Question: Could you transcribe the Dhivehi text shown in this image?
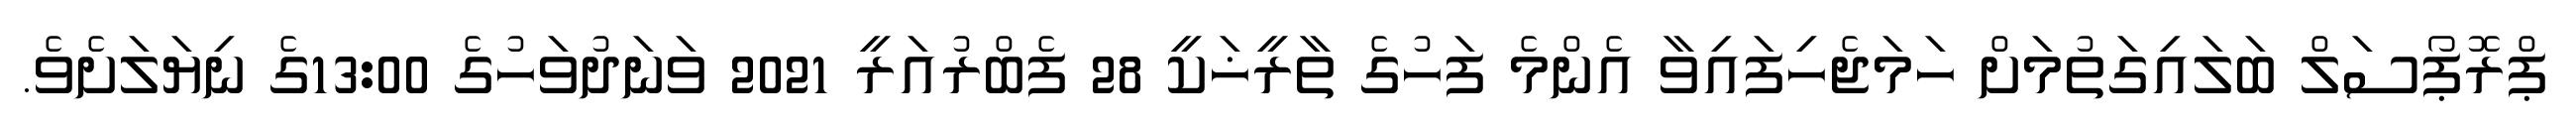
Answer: ޕްރޮޕޯސަލް ބަލައިގަތުމަށް ހަމަޖެހިފައިވާ އެންމެ ފަހުގެ ތާރީޚަކީ 28 ފެބްރުއަރީ 2021 ވަނަދުވަހުގެ 13:00ގެ ނިޔަލަށެވެ.